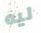
ليه